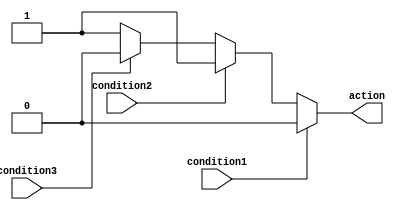
module priority_case_statement (
    input wire condition1,
    input wire condition2,
    input wire condition3,
    output reg action
);

always @* begin
    case (1) // This priority case statement has a priority of 1
        condition1: action = 2'b00;
        condition2: action = 2'b01;
        condition3: action = 2'b10;
        default: action = 2'b11; // default action if no condition is true
    endcase
end

endmodule